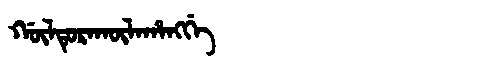
Manchu: ᡤᡡᠯᡨᡠᡵᠠᡴᡡᠯᠠᡥᠠᠩᡤᡝ
Romanization: GŪLTURAKŪLAHANGGE